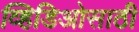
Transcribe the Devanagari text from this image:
व्हिडिओसाठी